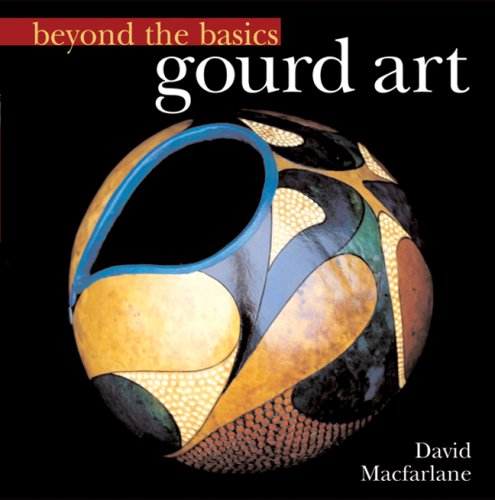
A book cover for Beyond the Basics: Gourd Art (Beyond the Basics (Sterling Publishing)); David Macfarlane; Crafts, Hobbies & Home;